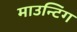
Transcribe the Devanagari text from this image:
माउन्टिंग